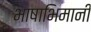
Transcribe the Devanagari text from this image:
भाषाभिमानी